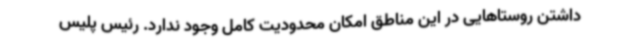
داشتن روستاهایی در این مناطق امکان محدودیت کامل وجود ندارد. رئیس پلیس